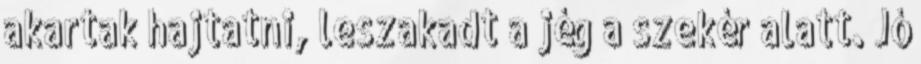
akartak hajtatni, leszakadt a jég a szekér alatt. Jó